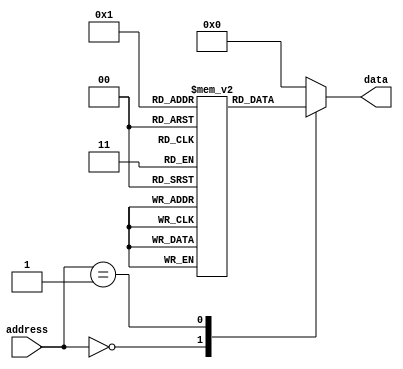
module mask_programmed_rom (
    input wire [address_width-1:0] address,
    output reg [data_width-1:0] data
);

parameter memory_size = 16; // Define the size of the memory blocks
parameter address_width = 4; // Define the number of address inputs
parameter data_width = 8; // Define the data output width

reg [data_width-1:0] memory [0:memory_size-1]; // Array to store the memory blocks

initial begin
    // Initialize the memory blocks with fixed values
    // Example: memory[0] = 8'b00000000;
end

always @(*) begin
    // Access the ROM by providing the desired address inputs
    case(address)
        0: data = memory[0];
        1: data = memory[1];
        // Add more cases for additional memory blocks
        default: data = 8'b00000000; // Output default value for invalid address
    endcase
end

endmodule